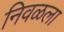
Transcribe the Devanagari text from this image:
निवळला